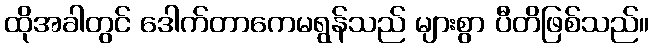
ထိုအခါတွင် ဒေါက်တာကေမရွန်သည် များစွာ ပီတိဖြစ်သည်။